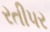
રતીપર